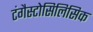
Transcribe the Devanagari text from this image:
टंगैस्टोसिलिसिक